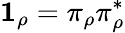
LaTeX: {\mathbf 1}_{\rho}=\pi_{\rho}\pi_{\rho}^{*}